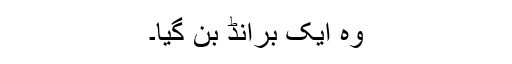
وہ ایک برانڈ بن گیا۔